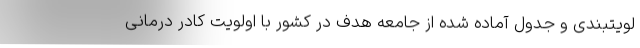
لویتبندی و جدول آماده شده از جامعه هدف در کشور با اولویت کادر درمانی